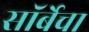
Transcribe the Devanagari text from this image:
सॉर्बेचा